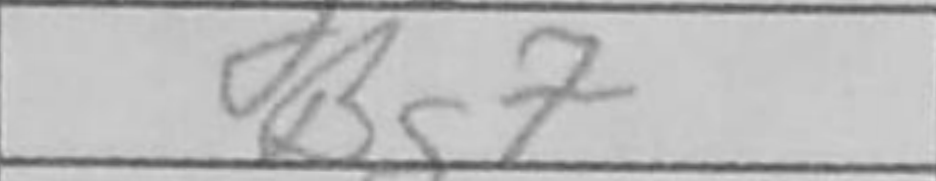
Transcription: Bg7